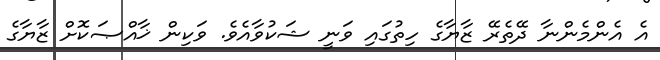
އެ އެންމެންނާ ދޭތެރޭ ޒާޔާގެ ހިތުގައި ވަނީ ޝަކުވާއެވެ. ވަކިން ޚާއްޞަކޮށް ޒާޔާގެ